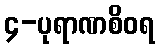
၄-ပုရာဏစိဝရ